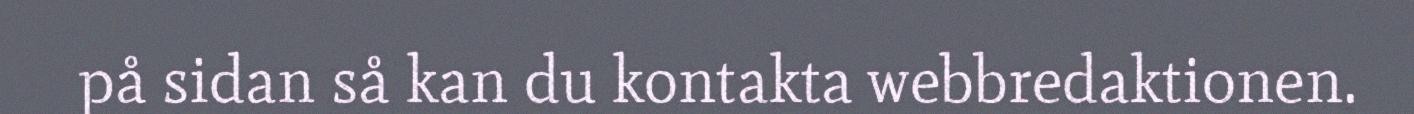
på sidan så kan du kontakta webbredaktionen.